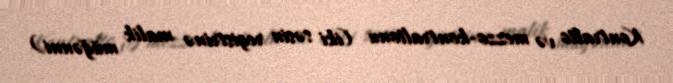
Kontralto və mezzo-kontraltonu (iki səsin registrinə malik müğənni)